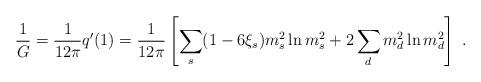
LaTeX: \begin{align*}{1 \over G}={1 \over 12\pi}q'(1)={1 \over 12\pi}\left[ \sum_s (1-6\xi_s)m_s^2\ln m_s^2 +2\sum_dm_d^2\ln m_d^2\right]~.\end{align*}